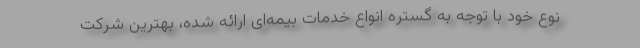
نوع خود با توجه به گستره‌ انواع خدمات بیمه‌ای ارائه شده، بهترین شرکت